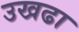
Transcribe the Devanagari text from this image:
उखढा